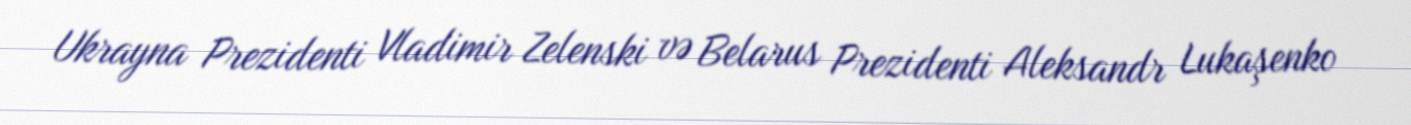
Ukrayna Prezidenti Vladimir Zelenski və Belarus Prezidenti Aleksandr Lukaşenko